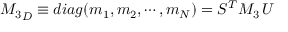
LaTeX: { { \cal M } _ { 3 } } _ { D } \equiv d i a g ( m _ { 1 } , m _ { 2 } , \cdots , m _ { N } ) = S ^ { T } { { \cal M } _ { 3 } } \, U